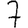
Digit: 7